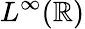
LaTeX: L^{\infty}(\mathbb{R})